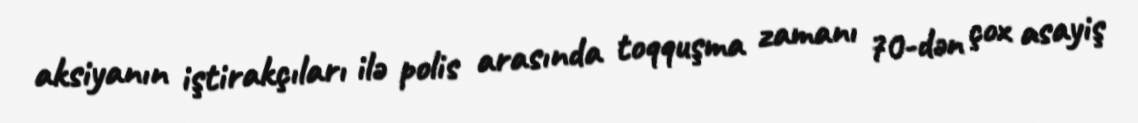
aksiyanın iştirakçıları ilə polis arasında toqquşma zamanı 70-dən çox asayiş